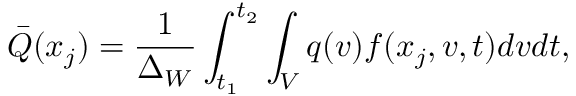
\bar { Q } ( x _ { j } ) = \frac { 1 } { \Delta _ { W } } \int _ { t _ { 1 } } ^ { t _ { 2 } } \int _ { V } q ( v ) f ( x _ { j } , v , t ) d v d t ,